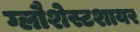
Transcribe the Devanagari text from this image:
ग्लौशेस्टशायर